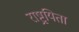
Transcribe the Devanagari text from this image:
राष्ट्र्यिता